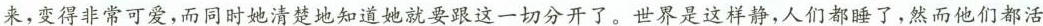
来，变得非常可爱，而同时她清楚地知道她就要跟这一切分开了。世界是这样静，人们都睡了，然而他们都活